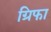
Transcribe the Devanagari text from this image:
ग्रिफा